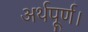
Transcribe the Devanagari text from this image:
अर्थपूर्ण।